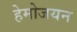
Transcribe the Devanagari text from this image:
हेमोजयन